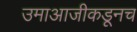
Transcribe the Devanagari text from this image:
उमाआजीकडूनच